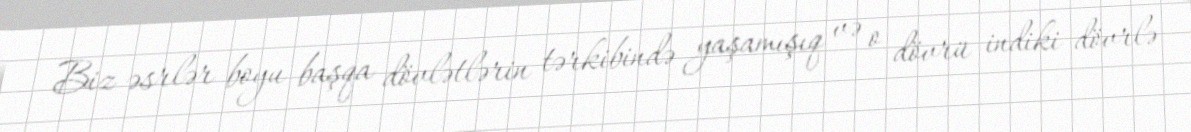
Biz əsrlər boyu başqa dövlətlərin tərkibində yaşamışıq və o dövrü indiki dövrlə